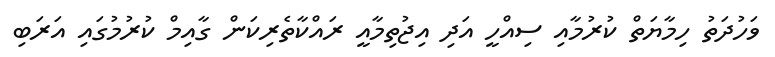
ވަހުދަތު ހިމާޔަތް ކުރުމާއި ސިއްހީ އަދި އިޖުތިމާއީ ރައްކާތެރިކަން ގާއިމް ކުރުމުގައި އަރަބި